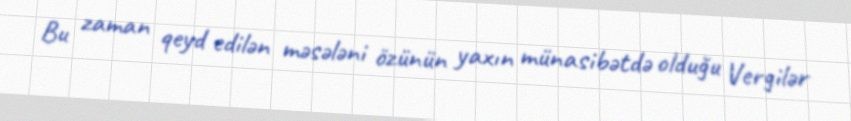
Bu zaman qeyd edilən məsələni özünün yaxın münasibətdə olduğu Vergilər